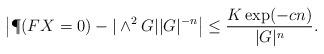
LaTeX: \begin{align*} \left|\P(FX=0) - |\wedge^2 G||G|^{-n}\right| &\leq \frac{K\exp(-cn)}{|G|^{n}}. \end{align*}